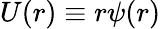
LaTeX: U(r)\equiv r\psi(r)